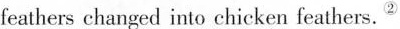
feathers changed into chicken feathers.^②